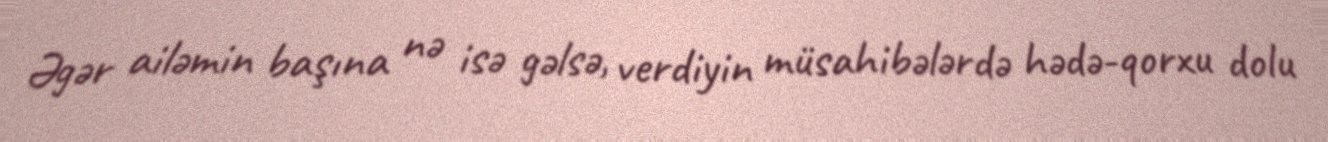
Əgər ailəmin başına nə isə gəlsə, verdiyin müsahibələrdə hədə-qorxu dolu